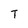
Character: T